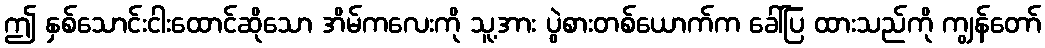
ဤ နှစ်သောင်းငါးထောင်ဆိုသော အိမ်ကလေးကို သူ့အား ပွဲစားတစ်ယောက်က ခေါ်ပြ ထားသည်ကို ကျွန်တော်